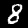
Digit: 8